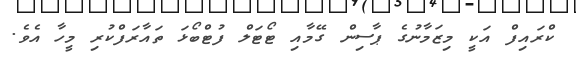
ކްރައިފް އަކީ މިޒަމާނުގެ ޕާސިން ގޭމާއި ޓޯޓަލް ފުޓްބޯޅަ ތައާރަފްކުރި މީހާ އެވެ.